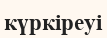
күркіреуі